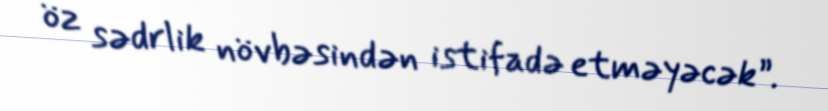
öz sədrlik növbəsindən istifadə etməyəcək”.